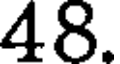
48.